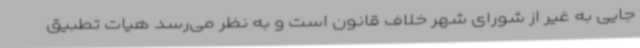
جایی به غیر از شورای شهر خلاف قانون است و به نظر می‌رسد هیات تطبیق